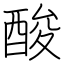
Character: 酸